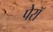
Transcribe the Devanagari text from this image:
पेरॉ